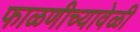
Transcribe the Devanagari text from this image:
फाळणीच्यावेळी